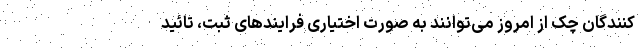
کنندگان چک از امروز می‌توانند به صورت اختیاری فرایندهای ثبت، تائید